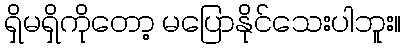
ရှိမရှိကိုတော့ မပြောနိုင်သေးပါဘူး။